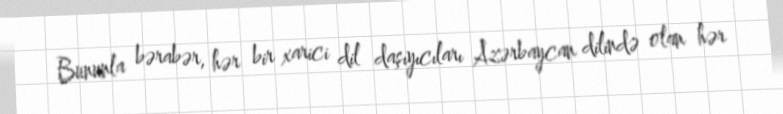
Bununla bərabər, hər bir xarici dil daşıyıcıları Azərbaycan dilində olan hər